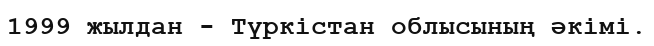
1999 жылдан - Түркістан облысының әкімі.